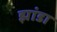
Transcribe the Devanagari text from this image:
झांडा